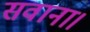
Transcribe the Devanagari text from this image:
सवाना।